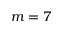
m = 7